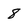
Character: 8